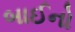
બાઈનો